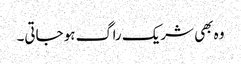
وہ بھی شریک راگ ہو جاتی۔